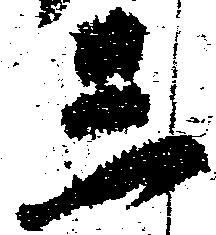
三